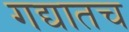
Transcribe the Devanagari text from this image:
गद्यातच